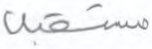
مستقبل